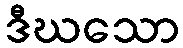
ဒီဃသော